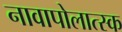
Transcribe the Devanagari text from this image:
नावापोलात्स्क